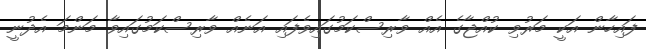
ފައިހާން އަކީ މަރުވި ކުއްޖާގެ އެއް ވާރިސްކަމުގައިވެފައި އަނެއް ވާރިސްކަމުގައިވާ މަންމަ އެދުނީ